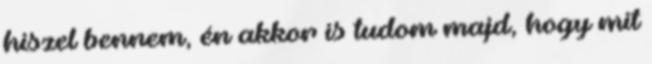
hiszel bennem, én akkor is tudom majd, hogy mit